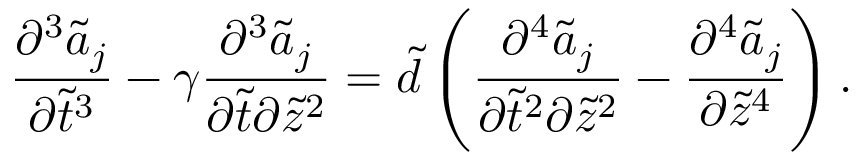
\frac { \partial ^ { 3 } \widetilde { a } _ { j } } { \partial \tilde { t } ^ { 3 } } - \gamma \frac { \partial ^ { 3 } \widetilde { a } _ { j } } { \partial \tilde { t } \partial \tilde { z } ^ { 2 } } = \widetilde { d } \left( \frac { \partial ^ { 4 } \widetilde { a } _ { j } } { \partial \tilde { t } ^ { 2 } \partial \tilde { z } ^ { 2 } } - \frac { \partial ^ { 4 } \widetilde { a } _ { j } } { \partial \tilde { z } ^ { 4 } } \right) .